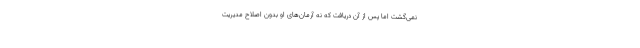
نمی‌گشت اما پس از آن دریافت که نه آرمان‌های او بدون اصلاح مدیریت